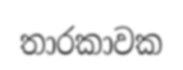
තාරකාවක